Report on vaccination North-West Frontier Province 1904-1922 - 1904-1922
Year: 1904
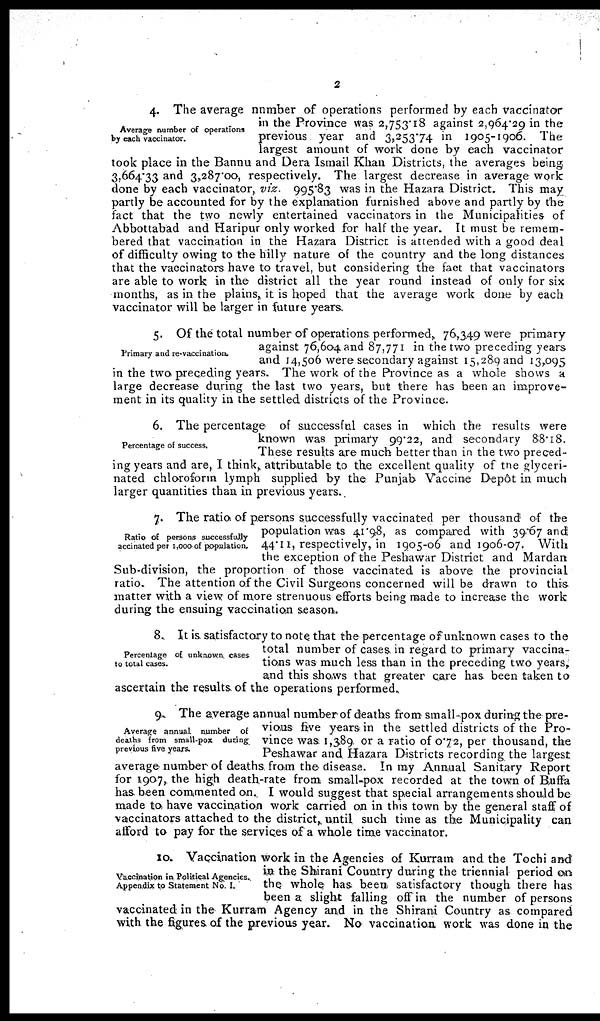
2
Average number of operations
by each vaccinator.
4. The average number of operations performed by each vaccinator
in the Province was 2,753.18 against 2,964.29 in the
previous year and 3,253.74 in 1905-1906. The
largest amount of work done by each vaccinator
took place in the Bannu and Dera Ismail Khan Districts, the averages being
3,664.33 and 3,287.00, respectively. The largest decrease in average work
done by each vaccinator, viz. 995.83 was in the Hazara District. This may
partly be accounted for by the explanation furnished above and partly by the
fact that the two newly entertained vaccinators in the Municipalities of
Abbottabad and Haripur only worked for half the year. It must be remem-
bered that vaccination in the Hazara District is attended with a good deal
of difficulty owing to the hilly nature of the country and the long distances
that the vaccinators have to travel, but considering the fact that vaccinators
are able to work in the district all the year round instead of only for six
months, as in the plains, it is hoped that the average work done by each
vaccinator will be larger in future years.
Primary and re-vaccination.
5. Of the total number of operations performed, 76,349 were primary
against 76,604 and 87,771 in the two preceding years
and 14,506 were secondary against 15,289 and 13,095
in the two preceding years. The work of the Province as a whole shows a
large decrease during the last two years, but there has been an improve-
ment in its quality in the settled districts of the Province.
Percentage of success.
6. The percentage of successful cases in which the results were
known was primary 99.22, and secondary 88.18.
These results are much better than in the two preced-
ing years and are, I think, attributable to the excellent quality of the glyceri-
nated chloroform lymph supplied by the Punjab Vaccine Depôt in much
larger quantities than in previous years.
Ratio of persons successfully
accinated per 1,000 of population.
7. The ratio of persons successfully vaccinated per thousand of the
population was 41.98, as compared with 39.67 and
44.11, respectively, in 1905-06 and 1906-07. With
the exception of the Peshawar District and Mardan
Sub-division, the proportion of those vaccinated is above the provincial
ratio. The attention of the Civil Surgeons concerned will be drawn to this
matter with a view of more strenuous efforts being made to increase the work
during the ensuing vaccination season.
Percentage of unknown cases
to total cases.
8. It is satisfactory to note that the percentage of unknown cases to the
total number of cases in regard to primary vaccina-
tions was much less than in the preceding two years,
and this shows that greater care has been taken to
ascertain the results of the operations performed.
Average annual number of
deaths from small-pox during
previous five years.
9. The average annual number of deaths from small-pox during the pre-
vious five years in the settled districts of the Pro-
vince was 1,389 or a ratio of 0.72, per thousand, the
Peshawar and Hazara Districts recording the largest
average number of deaths from the disease. In my Annual Sanitary Report
for 1907, the high death-rate from small-pox recorded at the town of Buffa
has been commented on. I would suggest that special arrangements should be
made to have vaccination work carried on in this town by the general staff of
vaccinators attached to the district, until such time as the Municipality can
afford to pay for the services of a whole time vaccinator.
Vaccination in Political Agencies.
Appendix to Statement No. I.
10. Vaccination work in the Agencies of Kurram and the Tochi and
in the Shirani Country during the triennial period on
the whole has been satisfactory though there has
been a slight falling off in the number of persons
vaccinated in the Kurram Agency and in the Shirani Country as compared
with the figures of the previous year. No vaccination work was done in the